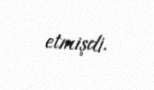
etmişdi.